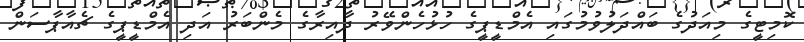
ކޮމިޓީގެ މިއަދުގެ ބައްދަލުވުމުގައި އެމްޑީޕީގެ ހުޅުހެންވޭރު ދާއިރާގެ މެންބަރު އަދި އެމްޑީޕީގެ ޗެއާޕާސަން